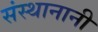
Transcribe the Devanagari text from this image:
संस्थानानी